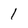
Character: 1